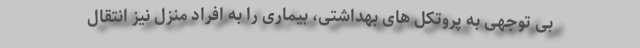
بی توجهی به پروتکل های بهداشتی، بیماری را به افراد منزل نیز انتقال